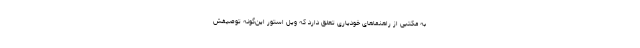
به مکتبی از راهنماهای خودیاری تعلق دارد که ویل استور این‌گونه توصیفش